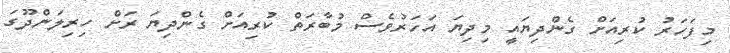
މިފަހަރު ކުރިއަށް ގެންދިޔައީ މިދިޔަ އަހަރުވެސް މުބާރަތް ކުރިއަށް ގެންދިޔަ ރަށް ހިރިލަންދޫގަ